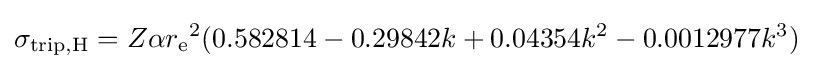
\sigma _{{\text{trip}},{\text{H}}}=Z\alpha {r_{\text{e}}}^{2}(0.582814-0.29842k+0.04354k^{2}-0.0012977k^{3})